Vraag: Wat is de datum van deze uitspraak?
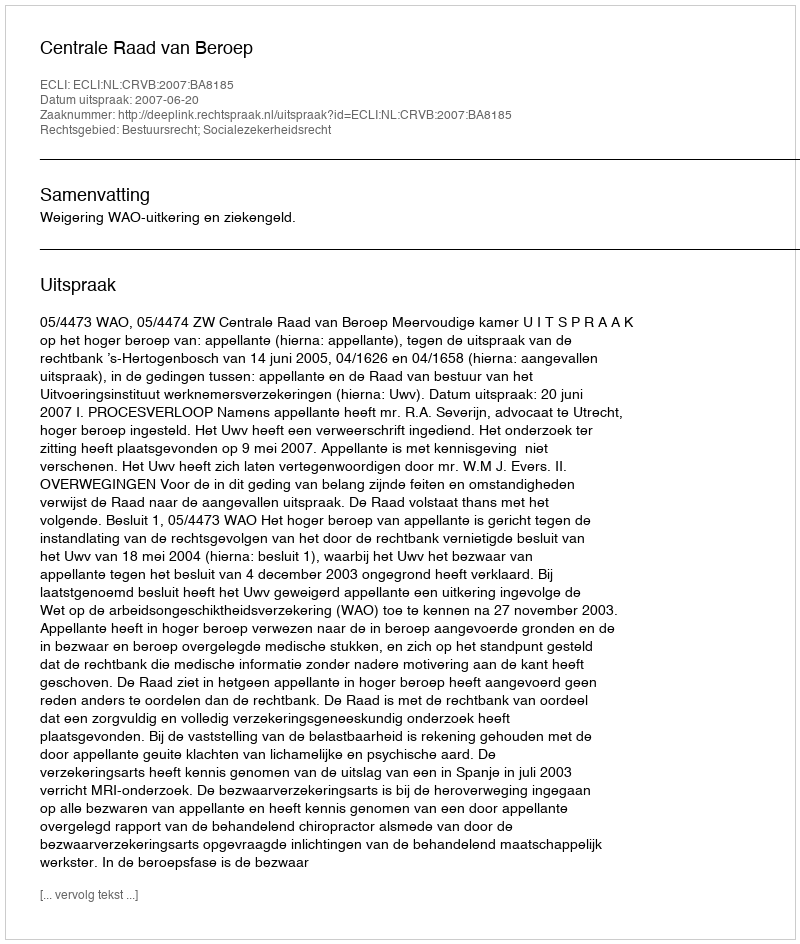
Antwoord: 2007-06-20